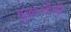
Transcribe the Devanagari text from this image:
दुखापतीमुळं